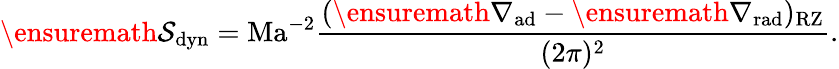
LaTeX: \ensuremath{\mathcal{S}}_{\mathrm{dyn}}=\mathrm{Ma}^{-2}\frac{(\ensuremath{\nabla_{\mathrm{{ad}}}}-\ensuremath{\nabla_{\mathrm{{rad}}}})_{\mathrm{RZ}}}{(2\pi)^{2}}.